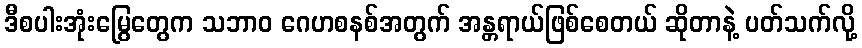
ဒီစပါးအုံးမြွေတွေက သဘာဝ ဂေဟစနစ်အတွက် အန္တရာယ်ဖြစ်စေတယ် ဆိုတာနဲ့ ပတ်သက်လို့